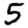
Digit: 5